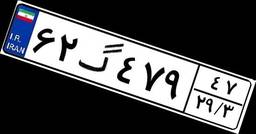
۷۳گ۷۱۱۶۰